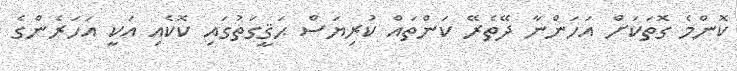
ކޮންމެ ގޮތަކަށް އަހަންނާ ދޭތެރޭ ކަންތައް ކުރިޔަސް ޙަޤީގަތުގައި ކޮކެއި އަކީ އަހަރެންގެ